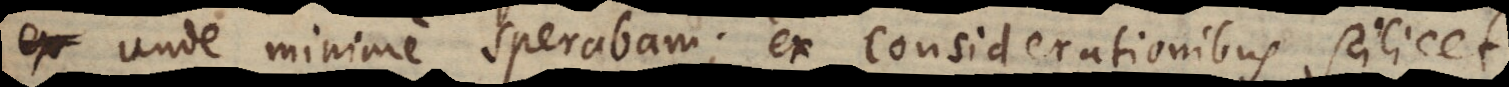
ex unde minime sperabam; ex considerationibus scilicet